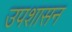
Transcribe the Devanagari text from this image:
उपशासन